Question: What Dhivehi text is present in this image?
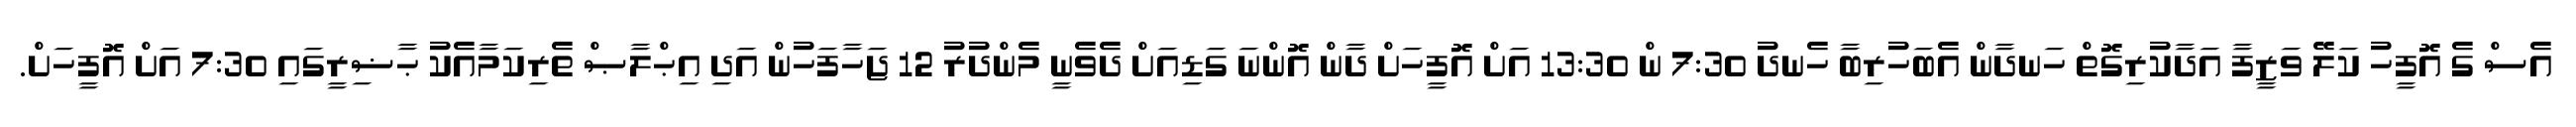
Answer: އެސް ގެ އޮފީހު ކަލޭ ވަޒީފާ އަދާކުރިގޮތް ހަނދާން އެބަހުރިބާ ހެނދު 7:30 ން 13:30 އަށް އޮފީހަށް ދާން އޮންނަ ގަޑިއަށް ދެވެނީ މެންދުރު 12 ޖަހާފަހުން އަދި އިޙްލާޞް ތެރިކަމާއެކު ޙާޟިރީގައި 7:30 އަށް އޮފީހަށް.